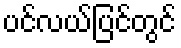
ပင်လယ်ပြင်တွင်